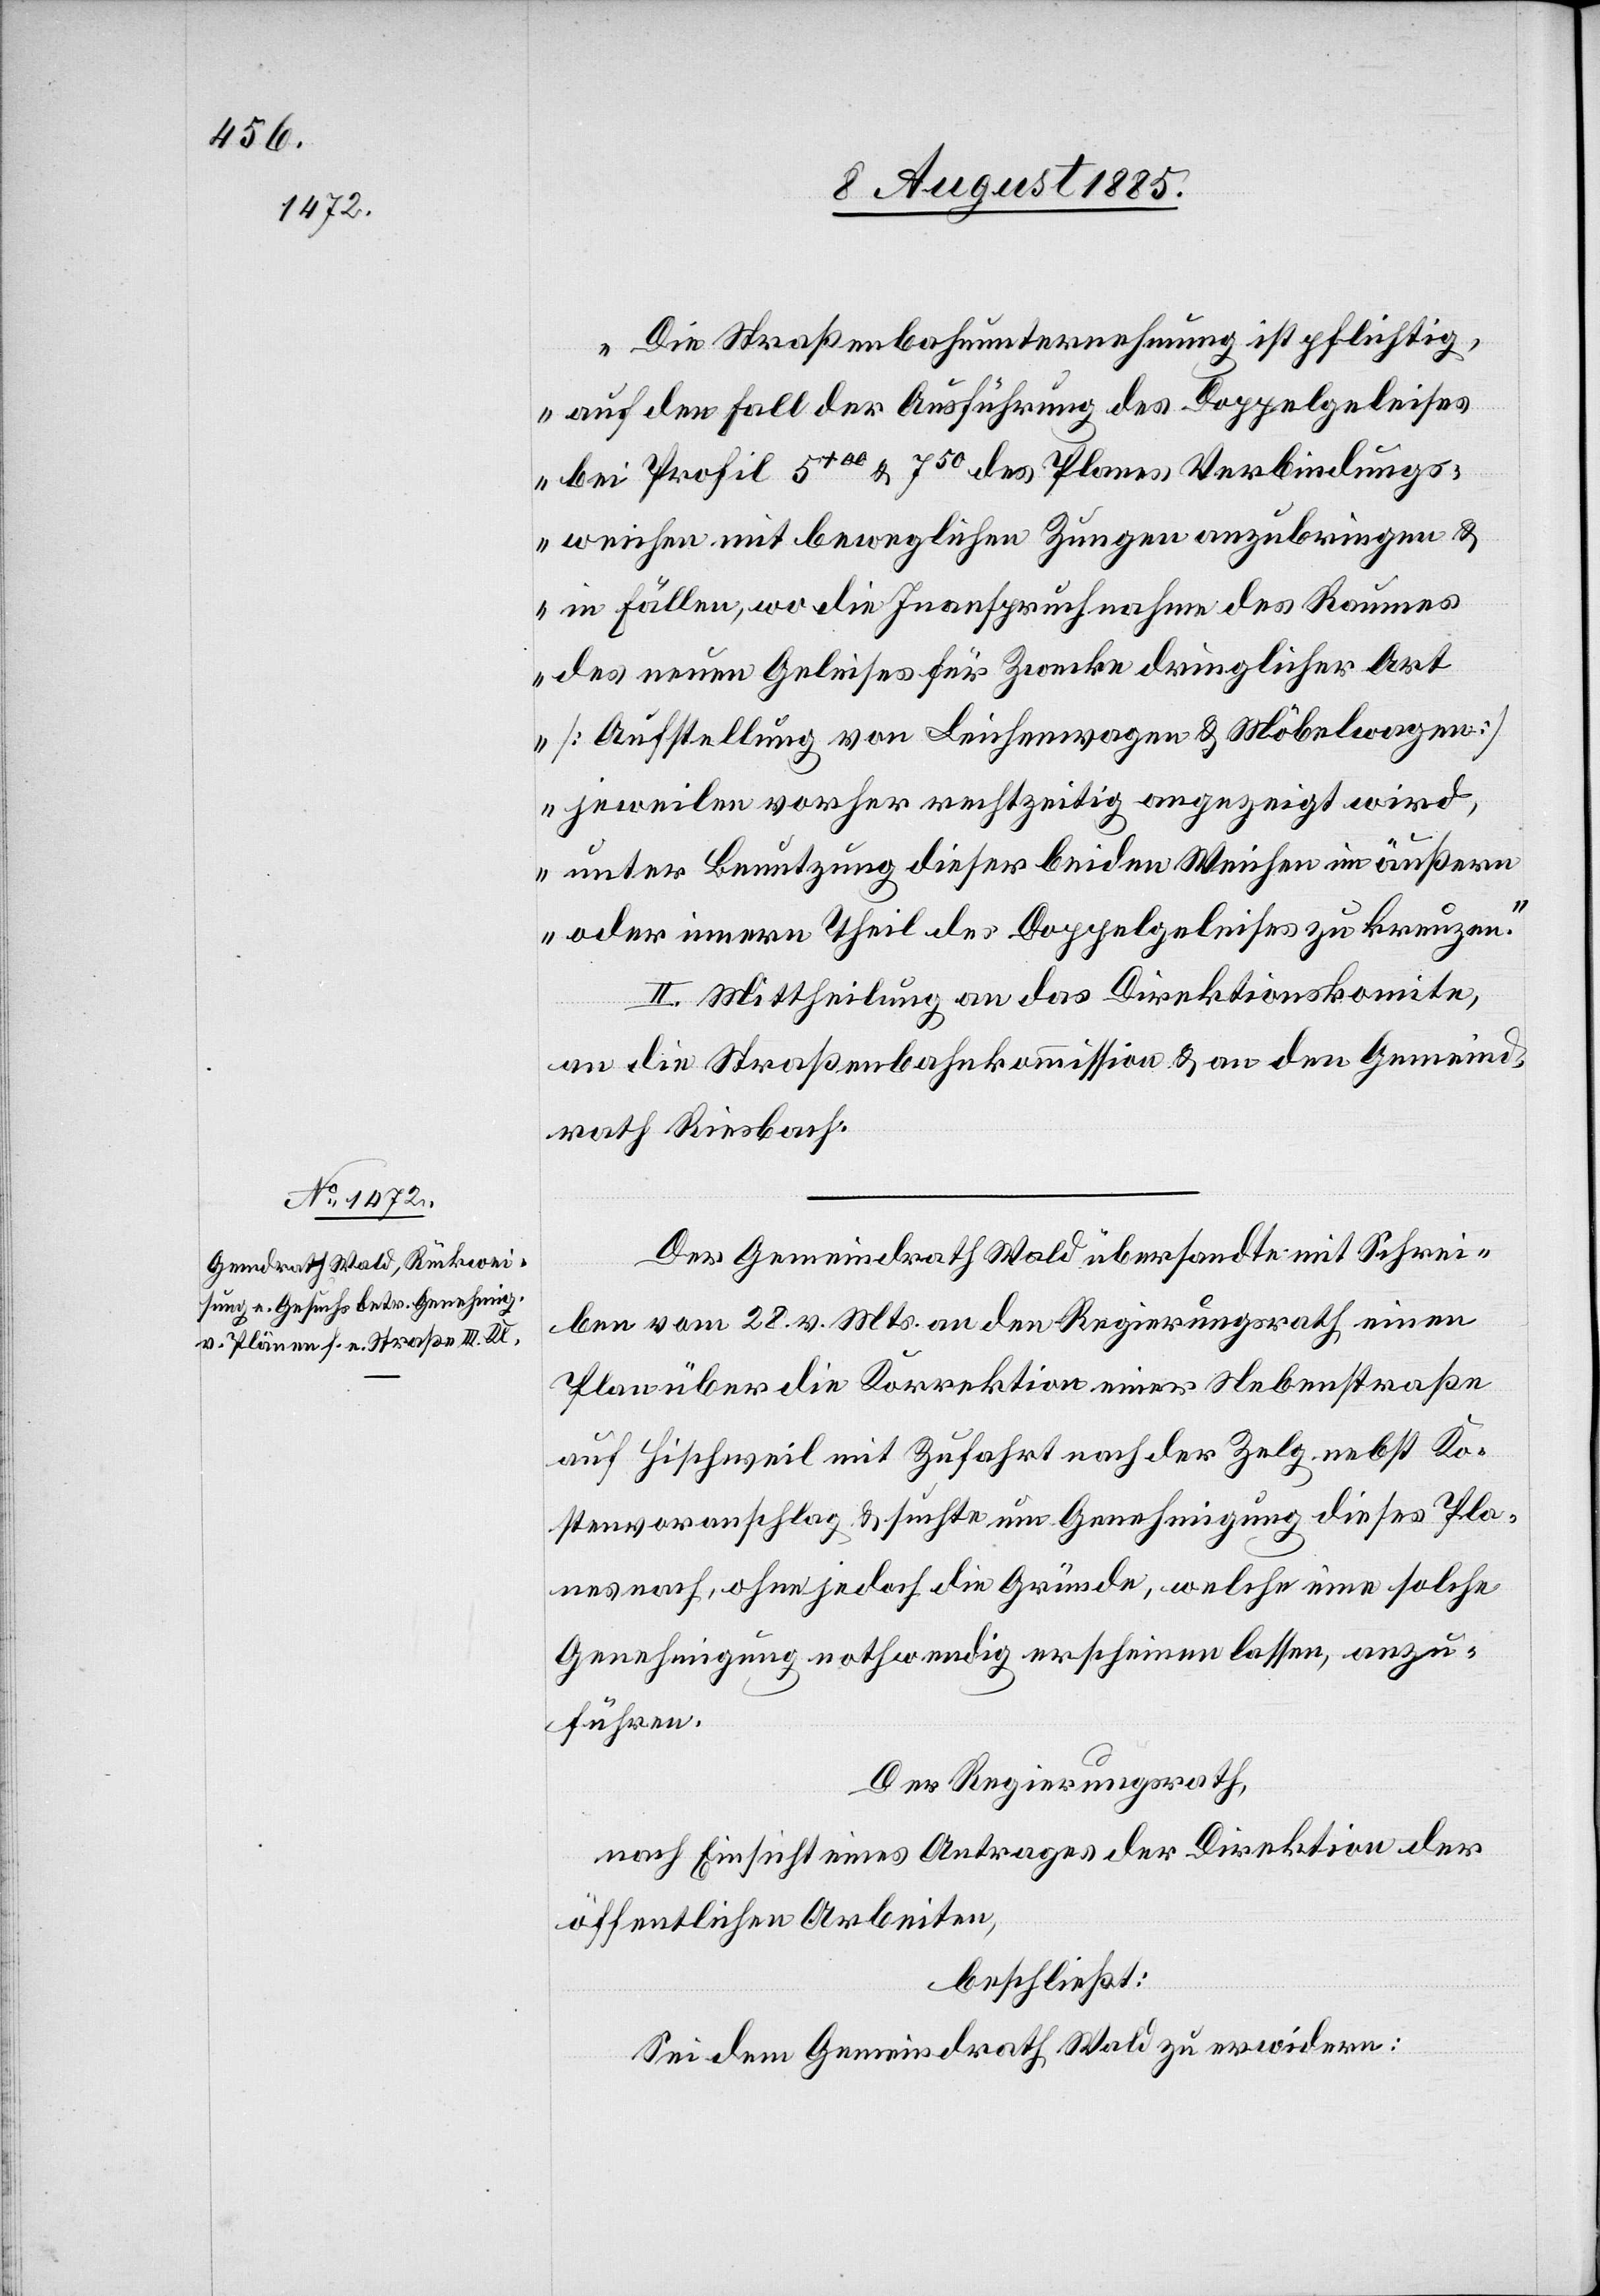
„Die Straßenbahnunternehmung ist pflichtig,
auf den Fall der Ausführung des Doppelgeleises
bei Profil 5+00 & 750 des Planes Verbindungs¬
weichen mit beweglichen Zungen anzubringen &
in Fällen, wo die Inanspruchnahme des Raumes
des neuen Geleises für die Zwecke dringlicher Art
[Aufstellung von Leichenwagen & Möbelwagen]
jeweilen vorher rechtzeitig angezeigt wird
unter Benutzung dieser beiden Weichen im äußern
oder innern Theil des Doppelgeleises zu kreuzen.“
II. Mittheilung an das Direktionskomite,
an die Straßenbahnkommission & an den Gemeind¬
rath Riesbach.
Der Gemeindrath Wald übersandte mit Schrei¬
ben vom 28. v. Mts. an den Regierungsrath einen
Plan über die Korrektion einer Nebenstraße
auf Hischweil mit Zufahrt nach der Zelg nebst Ko¬
stenvoranschlag & suchte um Genehmigung dieses Pla¬
nes nach, ohne jedoch die Gründe, welche eine solche
Genehmigung nothwendig erscheinen lassen, anzu¬
führen.
Der Regierungsrath,
nach Einsicht eines Antrages der Direktion der
öffentlichen Arbeiten,
beschließt:
Sei dem Gemeindrath Wald zu erwidern: